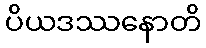
ပိယဒဿနောတိ